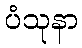
ပံသုနာ